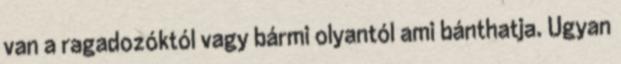
van a ragadozóktól vagy bármi olyantól ami bánthatja. Ugyan